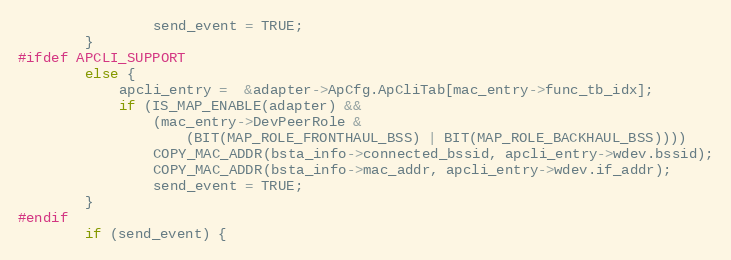
Language: C
				send_event = TRUE;
		}
#ifdef APCLI_SUPPORT
		else {
			apcli_entry =  &adapter->ApCfg.ApCliTab[mac_entry->func_tb_idx];
			if (IS_MAP_ENABLE(adapter) &&
				(mac_entry->DevPeerRole &
					(BIT(MAP_ROLE_FRONTHAUL_BSS) | BIT(MAP_ROLE_BACKHAUL_BSS))))
				COPY_MAC_ADDR(bsta_info->connected_bssid, apcli_entry->wdev.bssid);
				COPY_MAC_ADDR(bsta_info->mac_addr, apcli_entry->wdev.if_addr);
				send_event = TRUE;
		}
#endif
		if (send_event) {